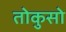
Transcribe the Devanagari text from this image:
तोकुसो